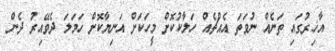
އާޚިރުގައި ތަނެއް ނުވަތަ އެއްޗެއް ހަލާކުކޮށް މީހަކަށް އަނިޔާކޮށް ހަމަލަ ދެވޭއިރު ދެން